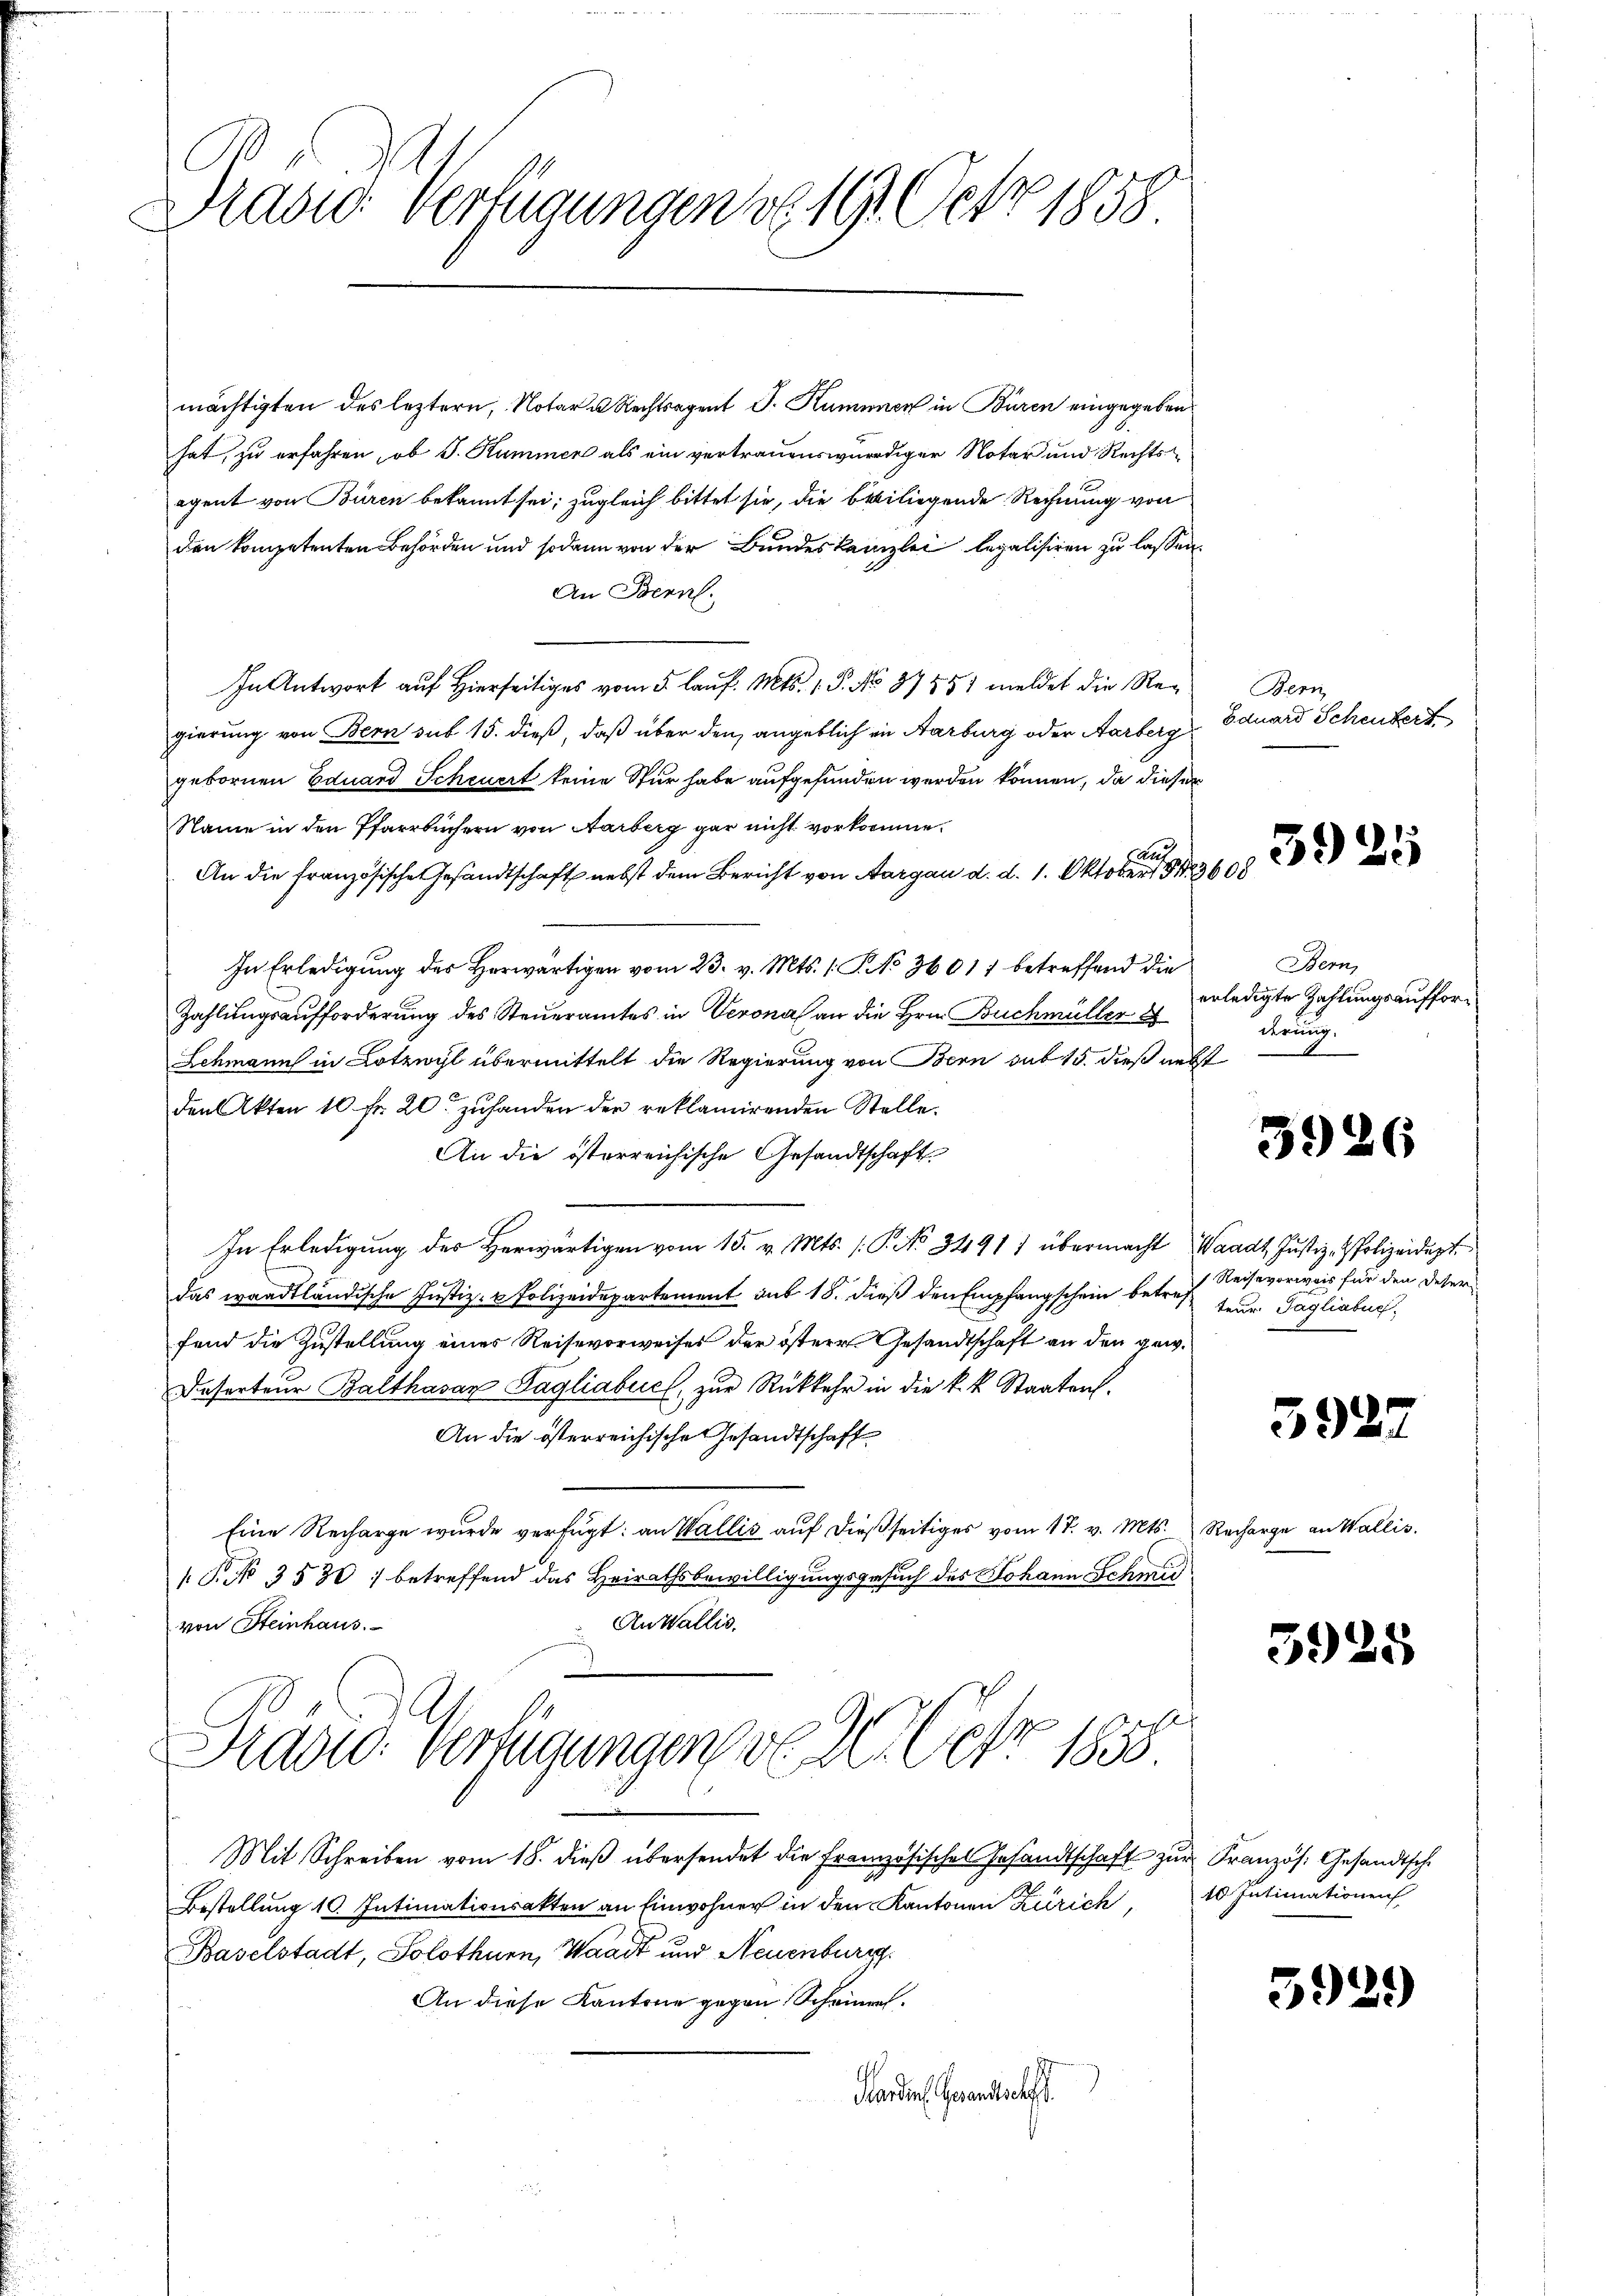
Drasio: Verfügungen v. 191 Oct. 1858

mächtigten des leztern, Notar u. Rechtsagent J. Kummen in Büren eingegeben.
hat, zu erfahren, ob J. Kummer als ein vertrauenswürdiger Notar und Rechtsegent von Büren bekannt sei; zugleich bittet sie, die beiliegende Rechnung von
den kompetenten Behörden und sodann von der Bundeskanzlei legalisiren zu lassen.
An Bern.
In Antwort auf Hierseitiges vom 5. lauf. Mts. 1. P. No 3755/ meldet die Regierung von Bern sub 15. dieß, daß über den angeblich in Aarburg oder Aarberg
gebornen Eduard Scheuert keine Stur habe aufgefunden werden können, da dieser
Name in den Pfarrbüchern von Aarberg gar nicht vorkomme.
An die französische Gesandtschaft nebst dem Bericht von Aargau d. d. 1. Oktober 3600
In Erledigung des Herwärtigen vom 23. v. Mts. /: P. No 36017 betreffend die
Zahlungsaufforderung des Steueramtes in Verona an die Hrn. Buchmüller
Lehmann in Lotzwyl übermittelt die Regierung von Bern sub 15. dieß nebst
den Akten 10 fr. 20. zŭ handen der reklamirenden Stelle.
An die österreichische Gesandtschaft
In Erledigung der Herwärtigen vom 15. v. Mts. (P. No 3491) übermacht Waadt Justiz- & Polizeidigt.
das waadtländische Justiz- & Polizeidepartement sub 18. dieß den Empfangschein betref
fend die Zustellung eines Reisevorweises der östere Gesandtschaft an den gew.
Deserteur Balthasar Tagliabuch, zur Rückkehr in die k.k. Staaten.
An die österreichische Gesandtschaft
Eine Recharge wurde verfügt: an Wallis auf dießseitiges vom 17. v. Mts. Recharge an Wallis.
P. No 3530) betreffend das Heirathsbewilligungsgesuch des Johann Schmid
An Wallis.
von Steinhaus.
Prad: Verfügungen v. 26. Cer 1858

Mit Schreiben vom 18. dieβ übersendet die Französisches Gesandtschaft zŭr Französ. Gesandtsche
Bestellung 10. Intimationsakten an Einwohner in den Kantonen Zürich,
Baselstadt, Solothurn, Waadt und Neuenburg.
An diese Kantone gegen Scheiner.
Panden Grandschaft

Bern
Eduard Scheutert

3925

Bern,
erledigte Zahlungsaufforderung

3926

1 Reisevorweis für den deser
teur. Tagliabuc

5922

392

85

10. Intimationen

5939)